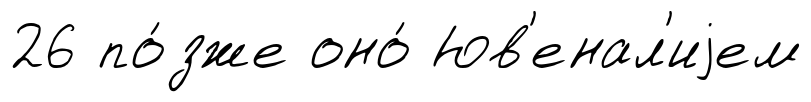
26 по́зже оно́ Юв'енал'иjем